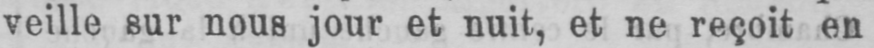
veille sur nous jour et nuit, et ne reçoit en